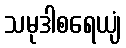
သမုဒါစရေယျံ